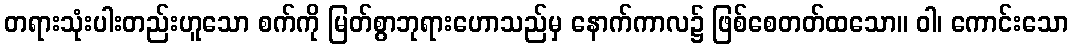
တရားသုံးပါးတည်းဟူသော စက်ကို မြတ်စွာဘုရားဟောသည်မှ နောက်ကာလ၌ ဖြစ်စေတတ်ထသော။ ဝါ၊ ကောင်းသော